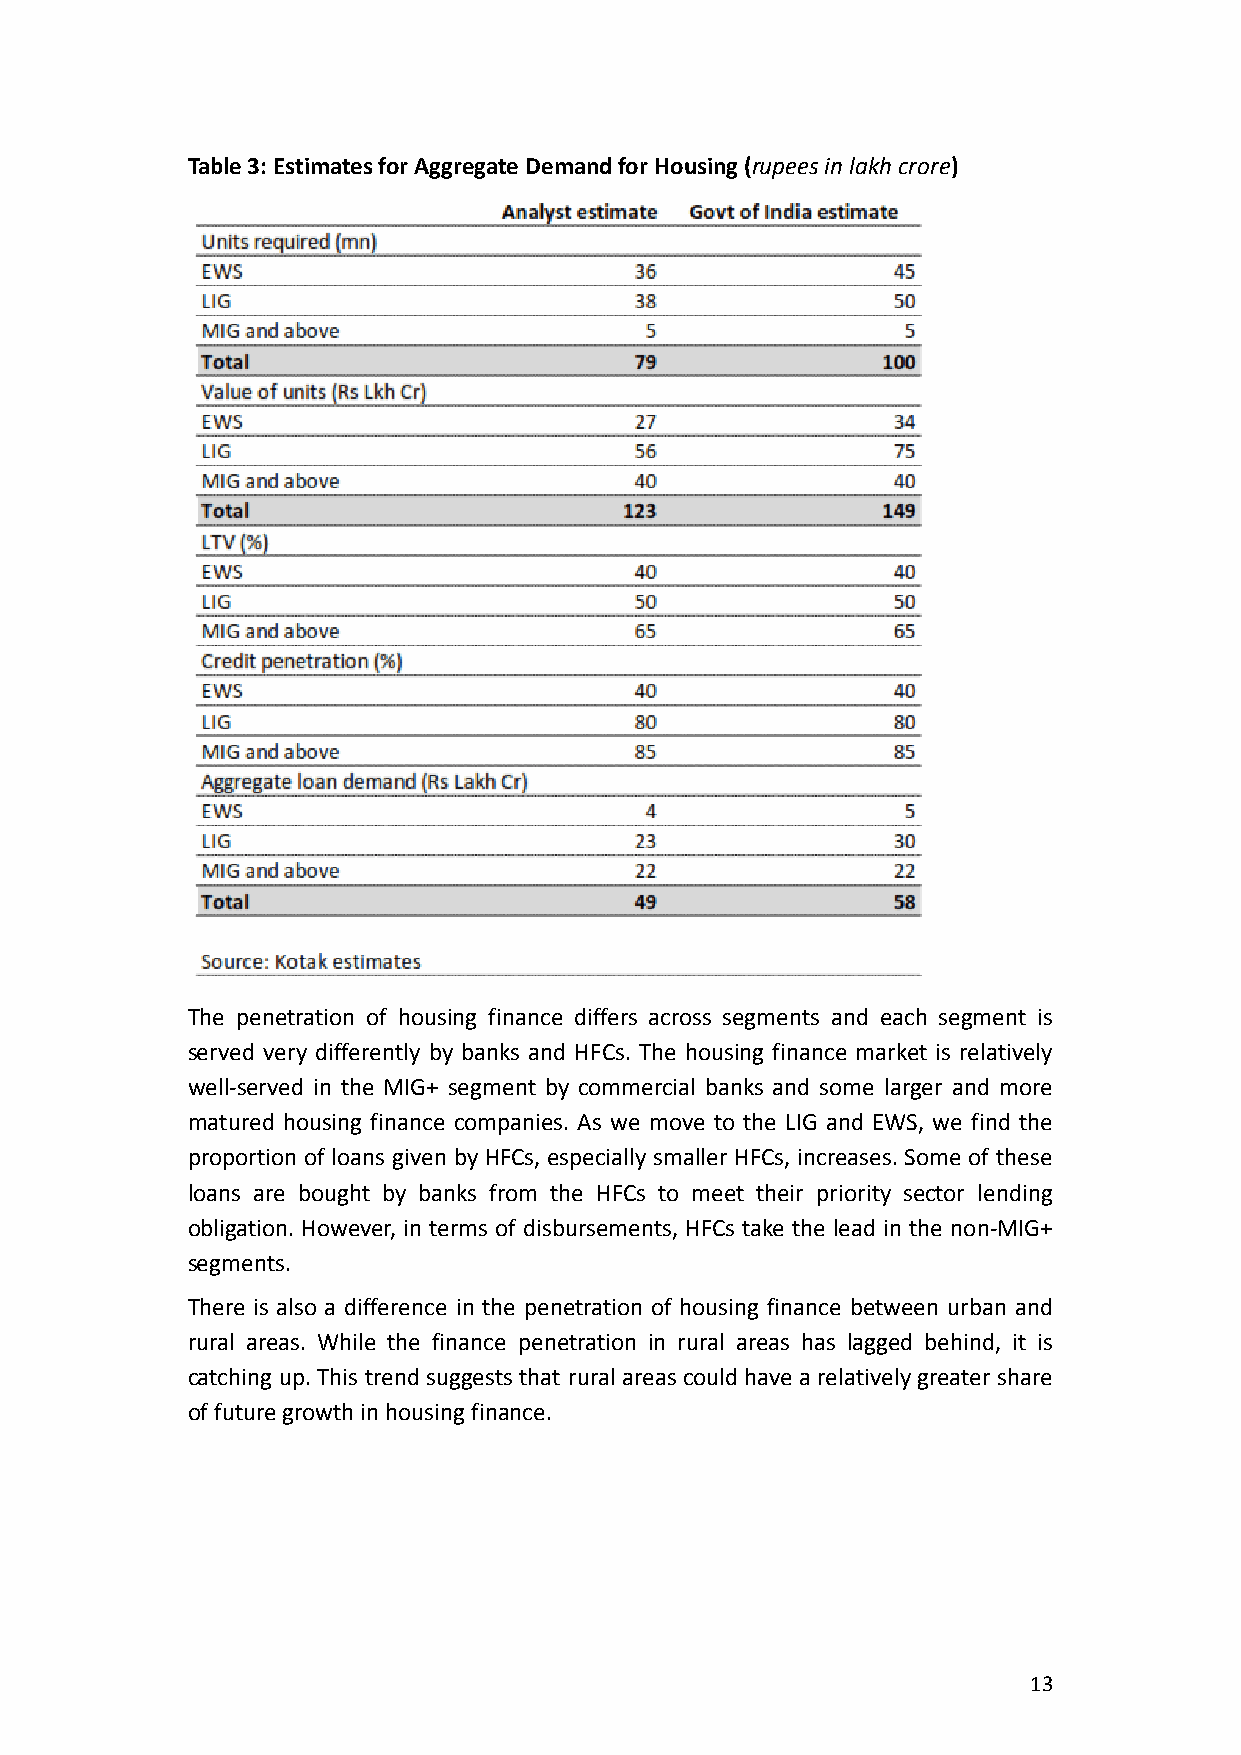
Table 3: Estimates for Aggregate Demand for Housing (rupees in lakh crore)
 The penetration of housing finance differs across segments and each segment is
 served very differently by banks and HFCs. The housing finance market is relatively
 well-served in the MIG+ segment by commercial banks and some larger and more
 matured housing finance companies. As we move to the LIG and EWS, we find the
 proportion of loans given by HFCs, especially smaller HFCs, increases. Some of these
 loans are bought by banks from the HFCs to meet their priority sector lending
 obligation. However, in terms of disbursements, HFCs take the lead in the non-MIG+
 segments.
 There is also a difference in the penetration of housing finance between urban and
 rural areas. While the finance penetration in rural areas has lagged behind, it is
 catching up. This trend suggests that rural areas could have a relatively greater share
 of future growth in housing finance.
 13